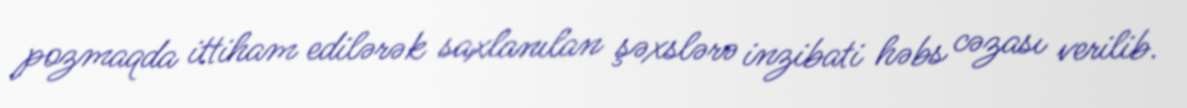
pozmaqda ittiham edilərək saxlanılan şəxslərə inzibati həbs cəzası verilib.